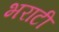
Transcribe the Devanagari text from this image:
भराटी